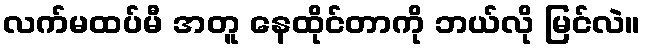
လက်မထပ်မီ အတူ နေထိုင်တာကို ဘယ်လို မြင်လဲ။